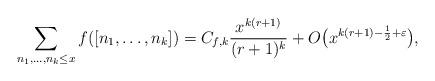
LaTeX: \begin{align*} \sum_{n_1,\ldots,n_k\le x} f([n_1,\ldots,n_k]) = C_{f,k}\frac{x^{k(r+1)}}{(r+1)^k}+ O\big(x^{k(r+1)-\frac1{2} +\varepsilon}\big),\end{align*}